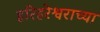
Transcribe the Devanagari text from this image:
हरिहरेश्वराच्या